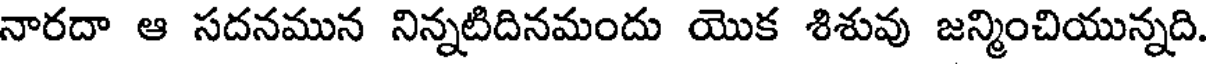
నారదా ఆ సదనమున నిన్నటిదినమందు యొక శిశువు జన్మించియున్నది.